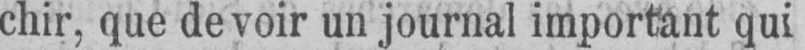
chir, que de voir un journal important qui